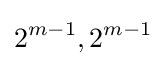
2^{m-1},2^{m-1}